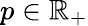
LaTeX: p\in\mathbb{R}_{+}